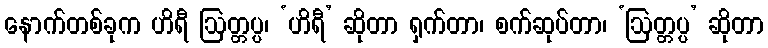
နောက်တစ်ခုက ဟိရီ ဩတ္တပ္ပ၊ ‘ဟိရီ’ ဆိုတာ ရှက်တာ၊ စက်ဆုပ်တာ၊ ‘ဩတ္တပ္ပ’ ဆိုတာ